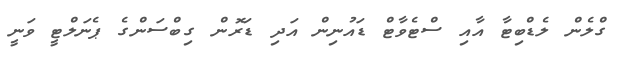
ގްލެން ލެޑްބިޓާ އާއި ސްޓެވާޓް ޑައުނިން އަދި ޑަރޮން ގިބްސަންގެ ޕެނަލްޓީ ވަނީ